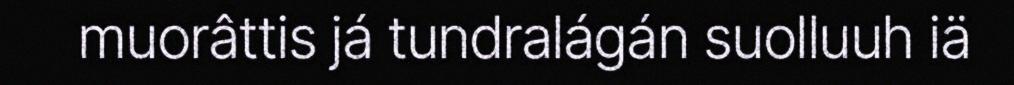
muorâttis já tundralágán suolluuh iä